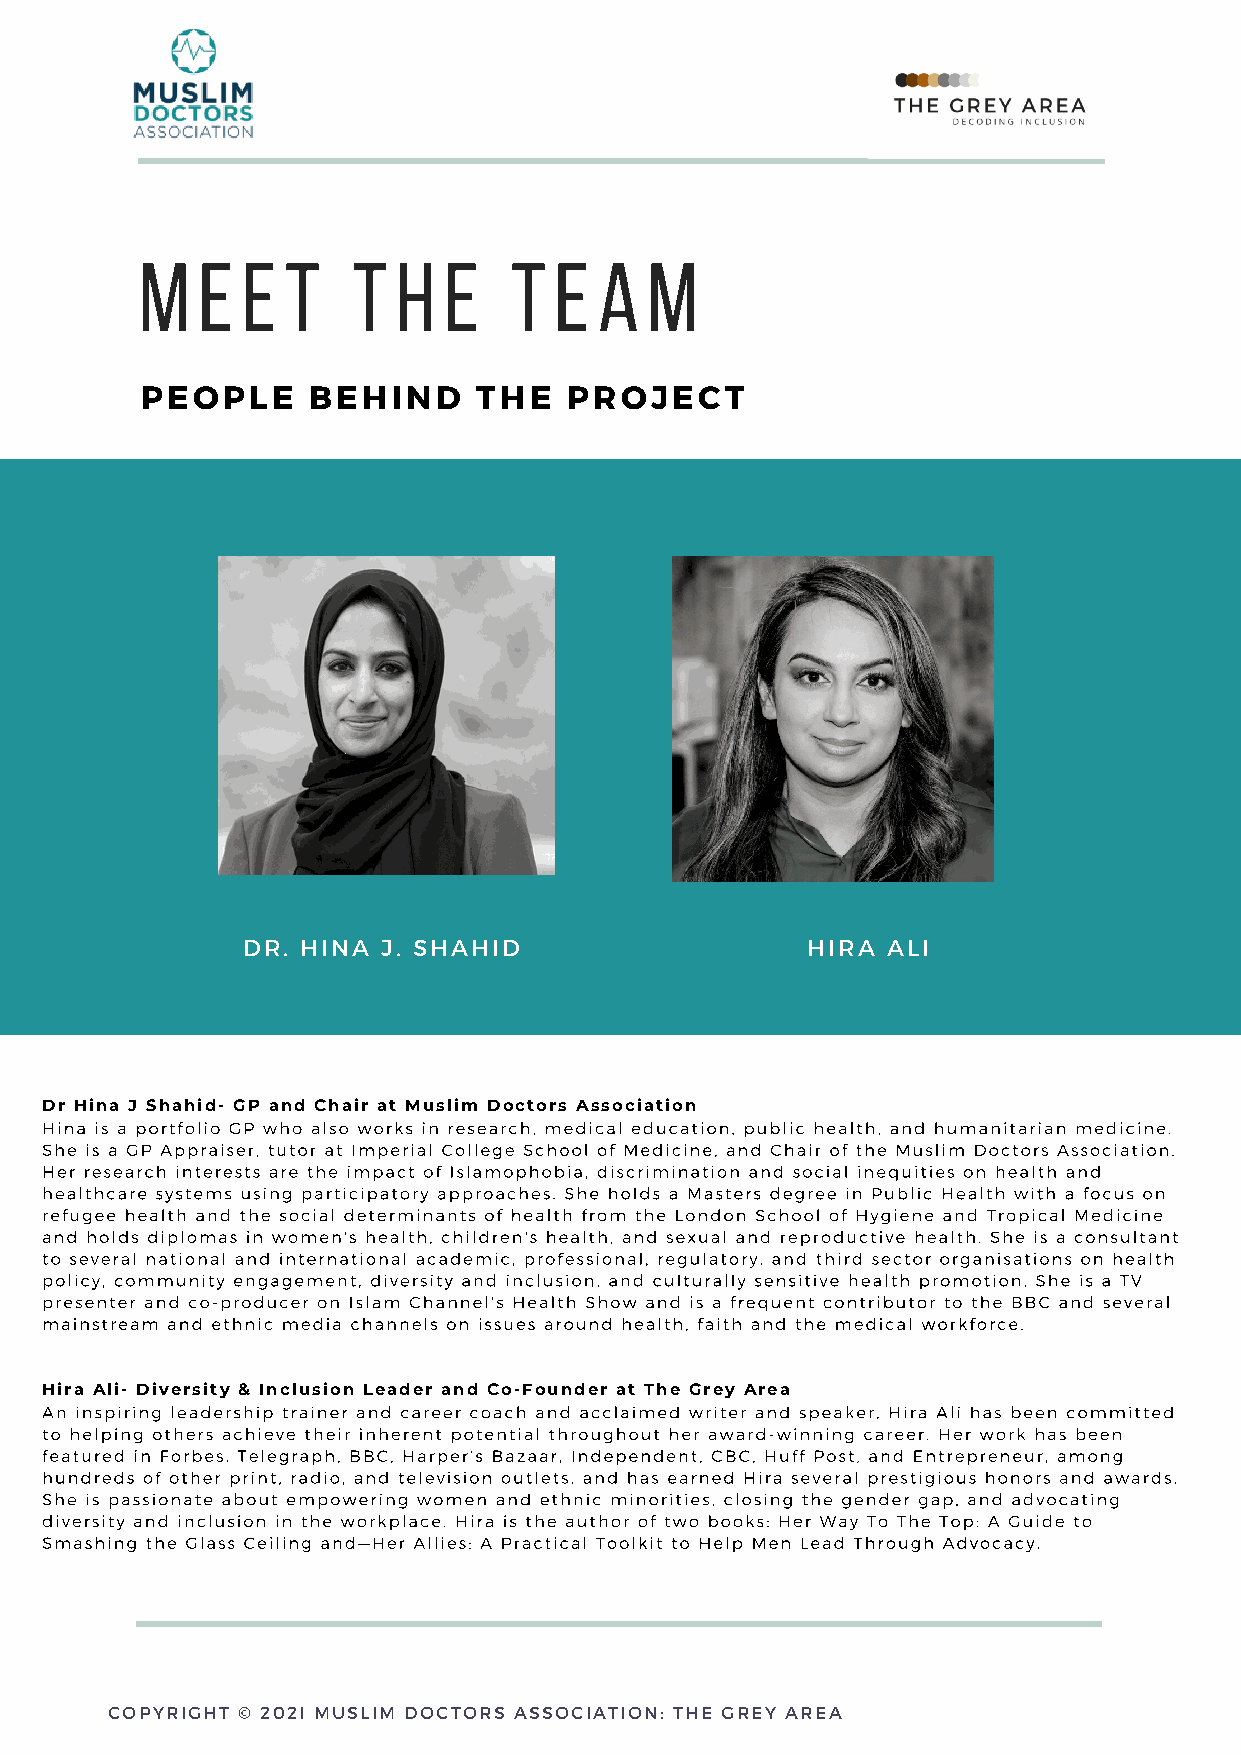
M   e  e  t   t  h  e    t  e  a  m
 PEOPLE     BEHIND      THE   PROJECT
 DR. HINA J. SHAHID                   HIRA  ALI
 Dr Hina J Shahid- GP and Chair at Muslim Doctors Association
 Hina is a portfolio GP who also works in research, medical education, public health, and humanitarian medicine.
 She is a GP Appraiser, tutor at Imperial College School of Medicine, and Chair of the Muslim Doctors Association.
 Her research interests are the impact of Islamophobia, discrimination and social inequities on health and
 healthcare systems using participatory approaches. She holds a Masters degree in Public Health with a focus on
 refugee health and the social determinants of health from the London School of Hygiene and Tropical Medicine
 and holds diplomas in women's health, children's health, and sexual and reproductive health. She is a consultant
 to several national and international academic, professional, regulatory, and third sector organisations on health
 policy, community engagement, diversity and inclusion, and culturally sensitive health promotion. She is a TV
 presenter and co-producer on Islam Channel's Health Show and is a frequent contributor to the BBC and several
 mainstream and ethnic media channels on issues around health, faith and the medical workforce.
 Hira Ali- Diversity & Inclusion Leader and Co-Founder at The Grey Area
 An inspiring leadership trainer and career coach and acclaimed writer and speaker, Hira Ali has been committed
 to helping others achieve their inherent potential throughout her award-winning career. Her work has been
 featured in Forbes, Telegraph, BBC, Harper’s Bazaar, Independent, CBC, Huff Post, and Entrepreneur, among
 hundreds of other print, radio, and television outlets, and has earned Hira several prestigious honors and awards.
 She is passionate about empowering women and ethnic minorities, closing the gender gap, and advocating
 diversity and inclusion in the workplace. Hira is the author of two books: Her Way To The Top: A Guide to
 Smashing the Glass Ceiling and—Her Allies: A Practical Toolkit to Help Men Lead Through Advocacy.
 COPYRIGHT © 202I MUSLIM DOCTORS ASSOCIATION: THE GREY AREA